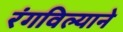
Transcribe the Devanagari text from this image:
रंगविल्याने